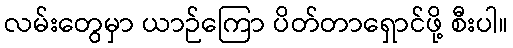
လမ်းတွေမှာ ယာဉ်ကြော ပိတ်တာရှောင်ဖို့ စီးပါ။